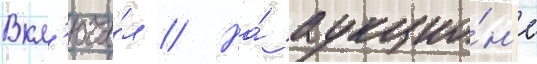
Вкл'юча́л // На́ аукцио́н'е